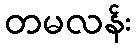
တမလန်း